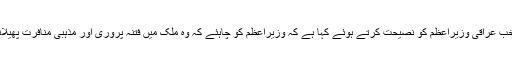
عرب ای مجلے العہد کے مطابق مفتی مہدی الصمیدعی نے نومنتخب عراقی وزیراعظم کو نصیحت کرتے ہوئے کہا ہے کہ وزیراعظم کو چاہئے کہ وہ ملک میں فتنہ پروری اور مذہبی منافرت پھیلانے والے داعش کے حامی سیاستدانوں سے بھی جواب طلب کریں۔